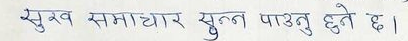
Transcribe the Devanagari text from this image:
सुख समाचार सुन्न पाउनु हुने छ।